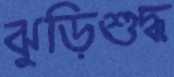
ঝুড়িশুদ্ধ